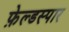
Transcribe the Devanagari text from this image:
फ़ेल्डस्पार